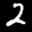
Label: 2